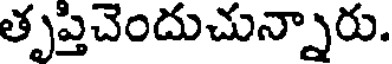
తృప్తిచెందుచున్నారు.